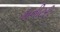
મનીટરી